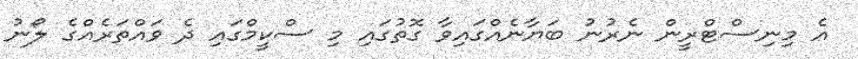
އެ މިނިސްޓްރީން ނެރުނު ބަޔާނެއްގައިވާ ގޮތުގައި މި ސްކީމްގައި ދެ ވައްތަރެއްގެ ލޯނު